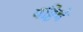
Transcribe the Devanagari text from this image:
पट्टिचे